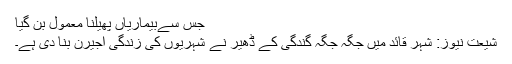
جس سےبیماریاں پھیلنا معمول بن گیا
شیعت نیوز: شہر قائد میں جگہ جگہ گندگی کے ڈھیر نے شہریوں کی زندگی اجیرن بنا دی ہے۔